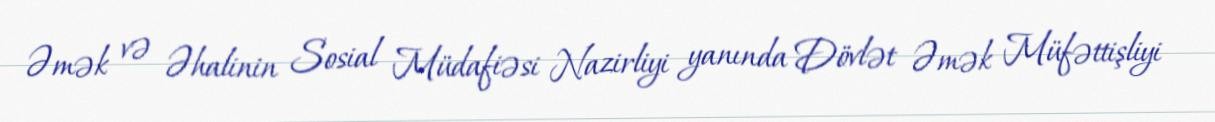
Əmək və Əhalinin Sosial Müdafiəsi Nazirliyi yanında Dövlət Əmək Müfəttişliyi